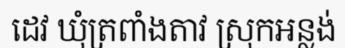
ដេវ ឃុំត្រពាំងតាវ ស្រុកអន្លង់